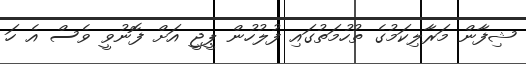
ޝިފާން މަރާލިކަމުގެ ތުހުމަތުގައި ފުލުހުން ޕީޖީ އަށް ފޮނުވީ ވެސް އެ ހަ